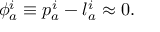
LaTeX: \phi _ { a } ^ { i } \equiv p _ { a } ^ { i } - l _ { a } ^ { i } \approx 0 .